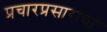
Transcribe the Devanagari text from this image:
प्रचारप्रसाराचा